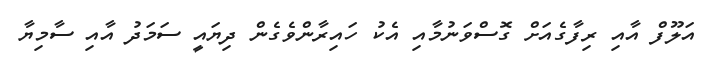
އަލޫފް އާއި ރިފާގެއަށް ގޮސްވަނުމާއި އެކު ހައިރާންވެގެން ދިޔައީ ސަމަދު އާއި ސާމިޔާ